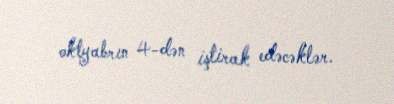
oktyabrın 4-dən iştirak edəcəklər.